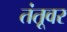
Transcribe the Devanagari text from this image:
तंतूवर